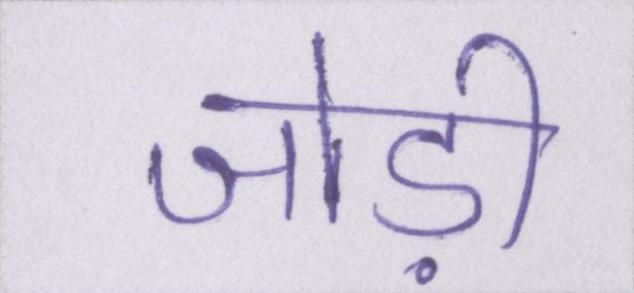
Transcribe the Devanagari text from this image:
जोड़ी